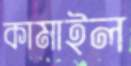
কামাইল